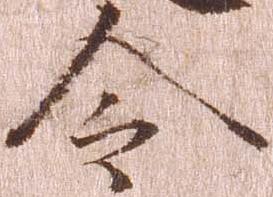
令